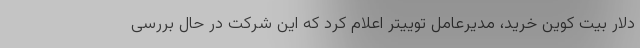
دلار بیت کوین خرید، مدیرعامل توییتر اعلام کرد که این شرکت در حال بررسی